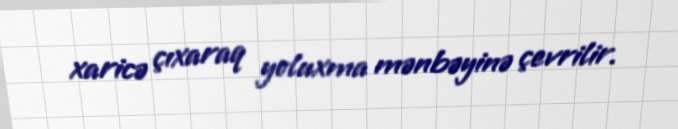
xaricə çıxaraq yoluxma mənbəyinə çevrilir.